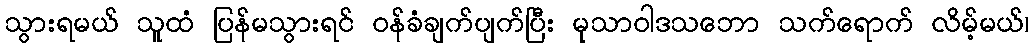
သွားရမယ် သူထံ ပြန်မသွားရင် ဝန်ခံချက်ပျက်ပြီး မုသာဝါဒသဘော သက်ရောက် လိမ့်မယ်၊